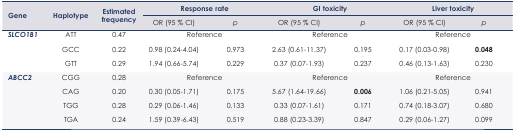
<table><thead><tr><td rowspan="3"><b>Gene</b></td><td rowspan="3"><b>Haplotype</b></td><td rowspan="3"><b>Estimated frequency</b></td><td colspan="2"><b>Response rate</b></td><td colspan="2"><b>GI toxicity</b></td><td colspan="2"><b>Liver toxicity</b></td></tr><tr><td><b>OR (95 % CI)</b></td><td><b><i>p</i></b></td><td><b>OR (95 % CI)</b></td><td><b><i>p</i></b></td><td><b>OR (95 % CI)</b></td><td><b><i>p</i></b></td></tr></thead><tbody><tr><td rowspan="3"><b><i>SLCO1B1</i></b></td><td>ATT</td><td>0.47</td><td colspan="2">Reference</td><td colspan="2">Reference</td><td colspan="2">Reference</td></tr><tr><td>GCC</td><td>0.22</td><td>0.98 (0.24–4.04)</td><td>0.973</td><td>2.63 (0.61–11.37)</td><td>0.195</td><td>0.17 (0.03–0.98)</td><td><b>0.048</b></td></tr><tr><td>GTT</td><td>0.29</td><td>1.94 (0.66–5.74)</td><td>0.229</td><td>0.37 (0.07–1.93)</td><td>0.237</td><td>0.46 (0.13–1.63)</td><td>0.230</td></tr><tr><td rowspan="4"><b><i>ABCC2</i></b></td><td>CGG</td><td>0.28</td><td colspan="2">Reference</td><td colspan="2">Reference</td><td colspan="2">Reference</td></tr><tr><td>CAG</td><td>0.20</td><td>0.30 (0.05–1.71)</td><td>0.175</td><td>5.67 (1.64–19.66)</td><td><b>0.006</b></td><td>1.06 (0.21–5.05)</td><td>0.941</td></tr><tr><td>TGG</td><td>0.28</td><td>0.29 (0.06–1.46)</td><td>0.133</td><td>0.33 (0.07–1.61)</td><td>0.171</td><td>0.74 (0.18–3.07)</td><td>0.680</td></tr><tr><td>TGA</td><td>0.24</td><td>1.59 (0.39–6.43)</td><td>0.519</td><td>0.88 (0.23–3.39)</td><td>0.847</td><td>0.29 (0.06–1.27)</td><td>0.099</td></tr></tbody></table>